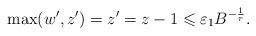
LaTeX: \begin{align*}\max(w^\prime,z^\prime)=z^\prime=z-1\leqslant \varepsilon_1 B^{-\frac{1}{r}}.\end{align*}